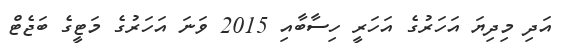
އަދި މިދިޔަ އަހަރުގެ އަހަރީ ހިސާބާއި 2015 ވަނަ އަހަރުގެ މަޓީގެ ބަޖެޓް